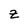
Character: Z